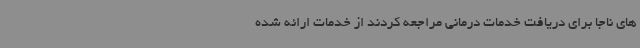
های ناجا برای دریافت خدمات درمانی مراجعه کردند از خدمات ارائه شده